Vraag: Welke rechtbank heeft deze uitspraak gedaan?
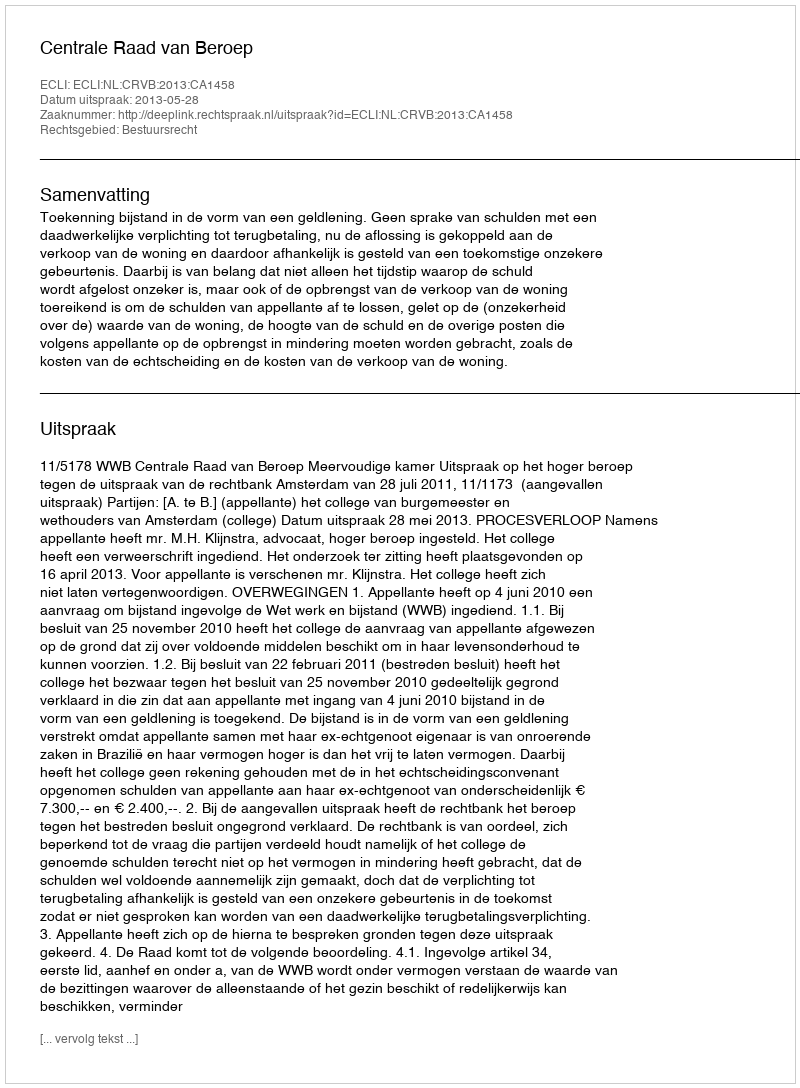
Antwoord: Centrale Raad van Beroep